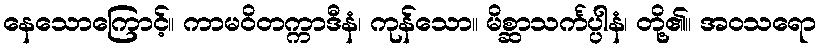
နေသောကြောင့်။ ကာမဝိတက္ကာဒီနံ၊ ကုန်သော။ မိစ္ဆာသင်္ကပ္ပါနံ၊ တို့၏။ အဝသရော